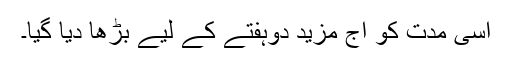
اسی مدت کو آج مزید دوہفتے کے لیے بڑھا دیا گیا۔